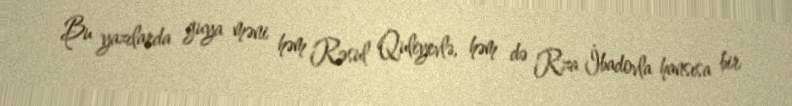
Bu yazılarda guya məni həm Rəsul Quliyevlə, həm də Rza İbadovla hansısa bir